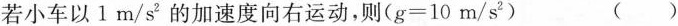
若小车以1m/s'的加速度向右运动，则($$g = 10m/s2$$) ()